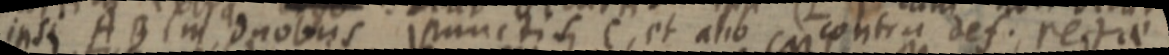
ipsi AB lm duobus punctis C, et alio contra def. rectae